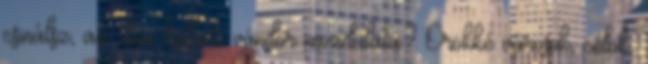
csinálsz, az úton haladó vándor mozdulata? Örökké városok, célok,